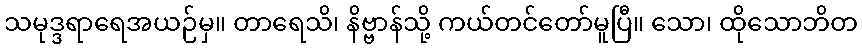
သမုဒ္ဒရာရေအယဉ်မှ။ တာရေသိ၊ နိဗ္ဗာန်သို့ ကယ်တင်တော်မူပြီ။ သော၊ ထိုသောဘိတ